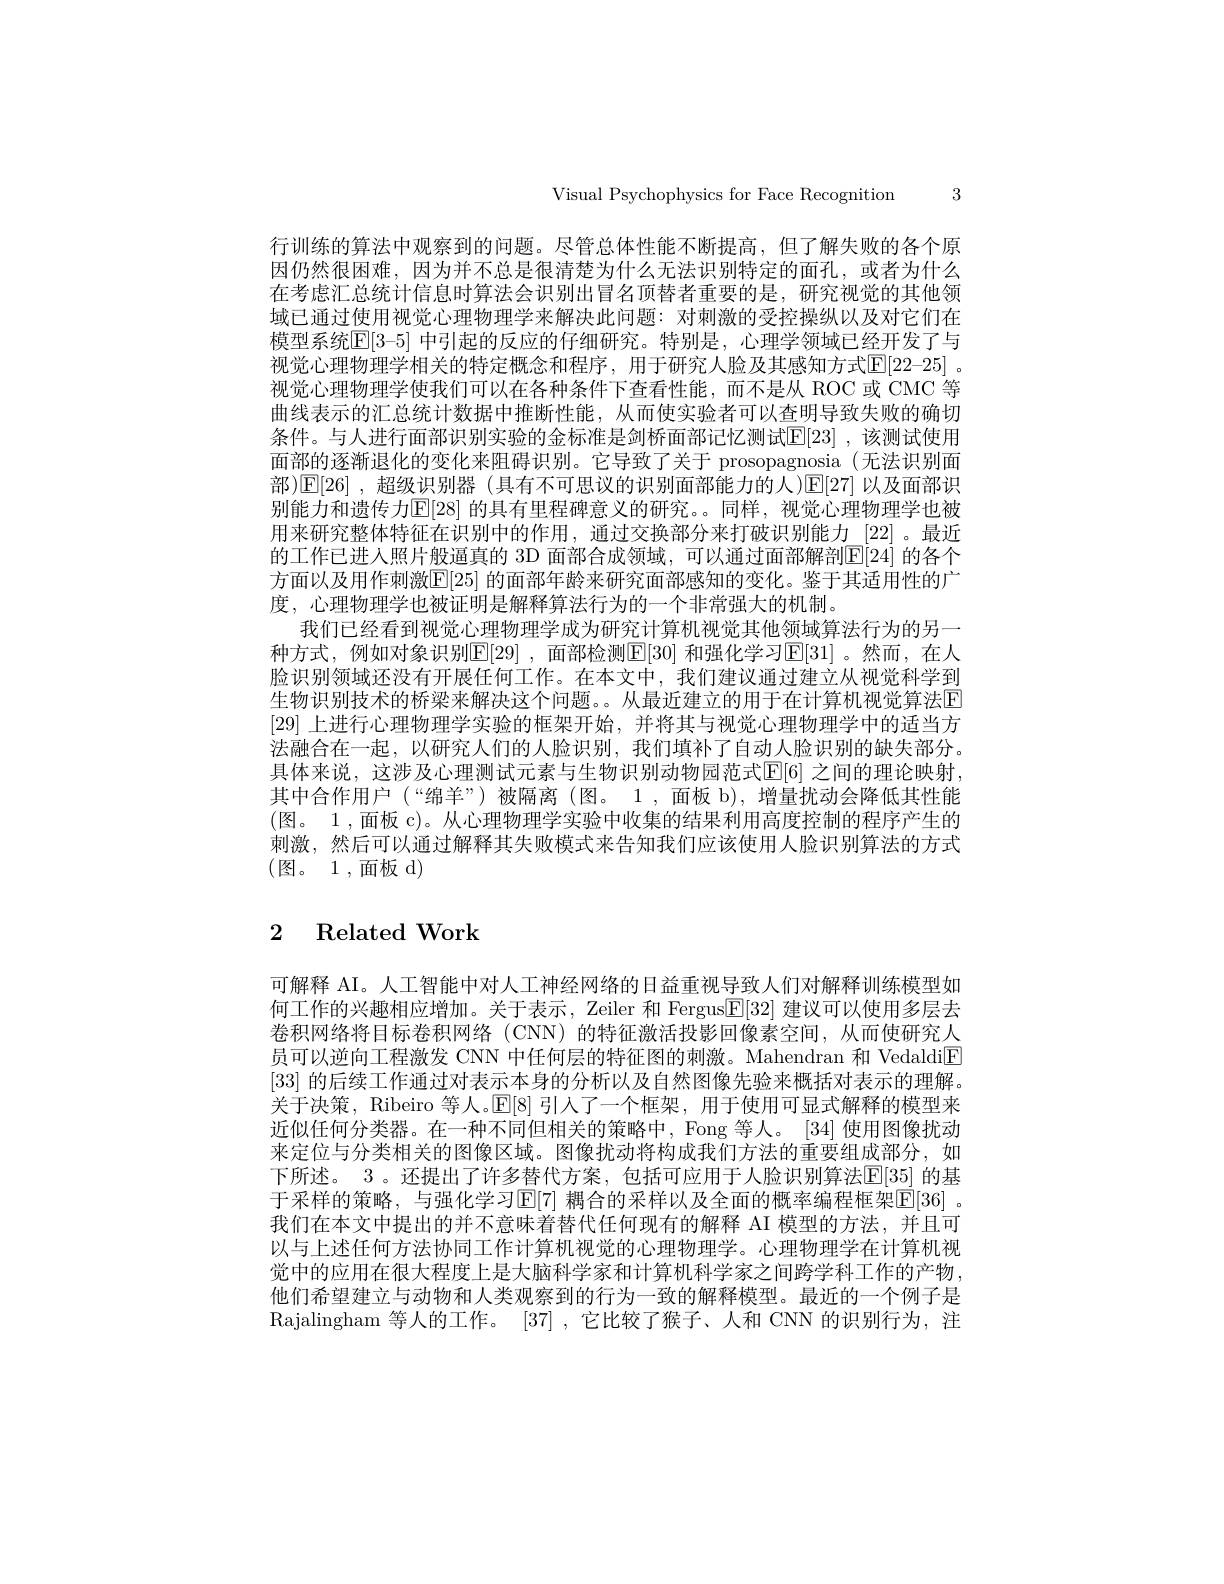
Visual Psychophysics for Face Recognition 3

行训练的算法中观察到的问题。尽管总体性能不断提高，但了解失败的各个原因仍然很困难，因为并不总是很清楚为什么无法识别特定的面孔，或者为什么在考虑汇总统计信息时算法会识别出冒名顶替者重要的是，研究视觉的其他领域已通过使用视觉心理物理学来解决此问题：对刺激的受控操纵以及对它们在模型系统E[3-5] 中引起的反应的仔细研究。特别是，心理学领域已经开发了与视觉心理物理学相关的特定概念和程序，用于研究人脸及其感知方式$\overline{\mathbb{E}}[22-25]$ 。视觉心理物理学使我们可以在各种条件下查看性能，而不是从 ROC 或 CMC 等曲线表示的汇总统计数据中推断性能，从而使实验者可以查明导致失败的确切条件。与人进行面部识别实验的金标准是剑桥面部记忆测试E[23] ,该测试使用面部的逐渐退化的变化来阻碍识别。它导致了关于 prosopagnosia (无法识别面部)$\mathbb{E}[26]$ ,超级识别器 (具有不可思议的识别面部能力的人)[E[27] 以及面部识别能力和遗传力$\mathbb{E}[28]$ 的具有里程碑意义的研究。。同样，视觉心理物理学也被用来研究整体特征在识别中的作用，通过交换部分来打破识别能力[22]。最近的工作已进入照片般逼真的 3D 面部合成领域，可以通过面部解剖E[24] 的各个方面以及用作刺激$\mathbb{E}[25]$ 的面部年龄来研究面部感知的变化。鉴于其适用性的广度，心理物理学也被证明是解释算法行为的一个非常强大的机制。
我们已经看到视觉心理物理学成为研究计算机视觉其他领域算法行为的另一种方式，例如对象识别$\mathbb{E}[29]$ ,面部检测$\mathbb{E}[30]$ 和强化学习$\mathbb{E}[31]$ 。然而，在人脸识别领域还没有开展任何工作。在本文中，我们建议通过建立从视觉科学到生物识别技术的桥梁来解决这个问题。。从最近建立的用于在计算机视觉算法区[29]上进行心理物理学实验的框架开始，并将其与视觉心理物理学中的适当方法融合在一起，以研究人们的人脸识别，我们填补了自动人脸识别的缺失部分。具体来说，这涉及心理测试元素与生物识别动物园范式$\mathbb{E}[6]$ 之间的理论映射其中合作用户 (“绵羊”)被隔离 (图。1 ,面板 b), 增量扰动会降低其性能(图。1,面板 c)。从心理物理学实验中收集的结果利用高度控制的程序产生的刺激，然后可以通过解释其失败模式来告知我们应该使用人脸识别算法的方式(图。1,面板d)

# 2 Related Work

可解释 AI。人工智能中对人工神经网络的日益重视导致人们对解释训练模型如何工作的兴趣相应增加。关于表示，Zeiler 和 Fergus$\mathbb{E}[32]$建议可以使用多层去卷积网络将目标卷积网络(CNN)的特征激活投影回像素空间，从而使研究人员可以逆向工程激发 CNN 中任何层的特征图的刺激。Mahendran 和 Vedaldi$\boxed{\mathrm{F}}$ [33]的后续工作通过对表示本身的分析以及自然图像先验来概括对表示的理解。关于决策，Ribeiro 等人。$\mathbb{E}[8]$引人了一个框架，用于使用可显式解释的模型来近似任何分类器。在一种不同但相关的策略中，Fong 等人。[34] 使用图像扰动来定位与分类相关的图像区域。图像扰动将构成我们方法的重要组成部分，如下所述。3 。还提出了许多替代方案，包括可应用于人脸识别算法$\overline{\mathbb{E}[35]}$ 的基于采样的策略，与强化学习$\mathbb{E}[7]$ 耦合的采样以及全面的概率编程框架$\mathbb{E}[36]$ 。我们在本文中提出的并不意味着替代任何现有的解释 AI 模型的方法，并且可以与上述任何方法协同工作计算机视觉的心理物理学。心理物理学在计算机视觉中的应用在很大程度上是大脑科学家和计算机科学家之间跨学科工作的产物， 他们希望建立与动物和人类观察到的行为一致的解释模型。最近的一个例子是Rajalingham 等人的工作。[37] ,它比较了猴子、人和 CNN 的识别行为，注